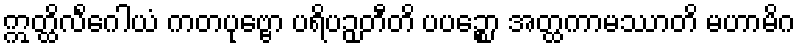
ဣတ္ထိလိင်္ဂေါယံ ကတပုဗ္ဗော ပရိပဉှတီတိ ပပဉ္စော အတ္ထကာမဿာတိ မဟာမိဂ